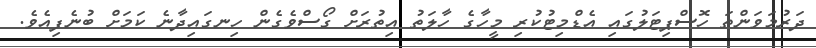
ދަރުމަވަންތަ ހޮސްޕިޓަލުގައި އެޑްމިޓުކުރި މީހާގެ ހާލަތު އިތުރަށް ގޯސްވެގެން ހިނގައިދާނެ ކަމަށް ބުނެފިއެވެ.